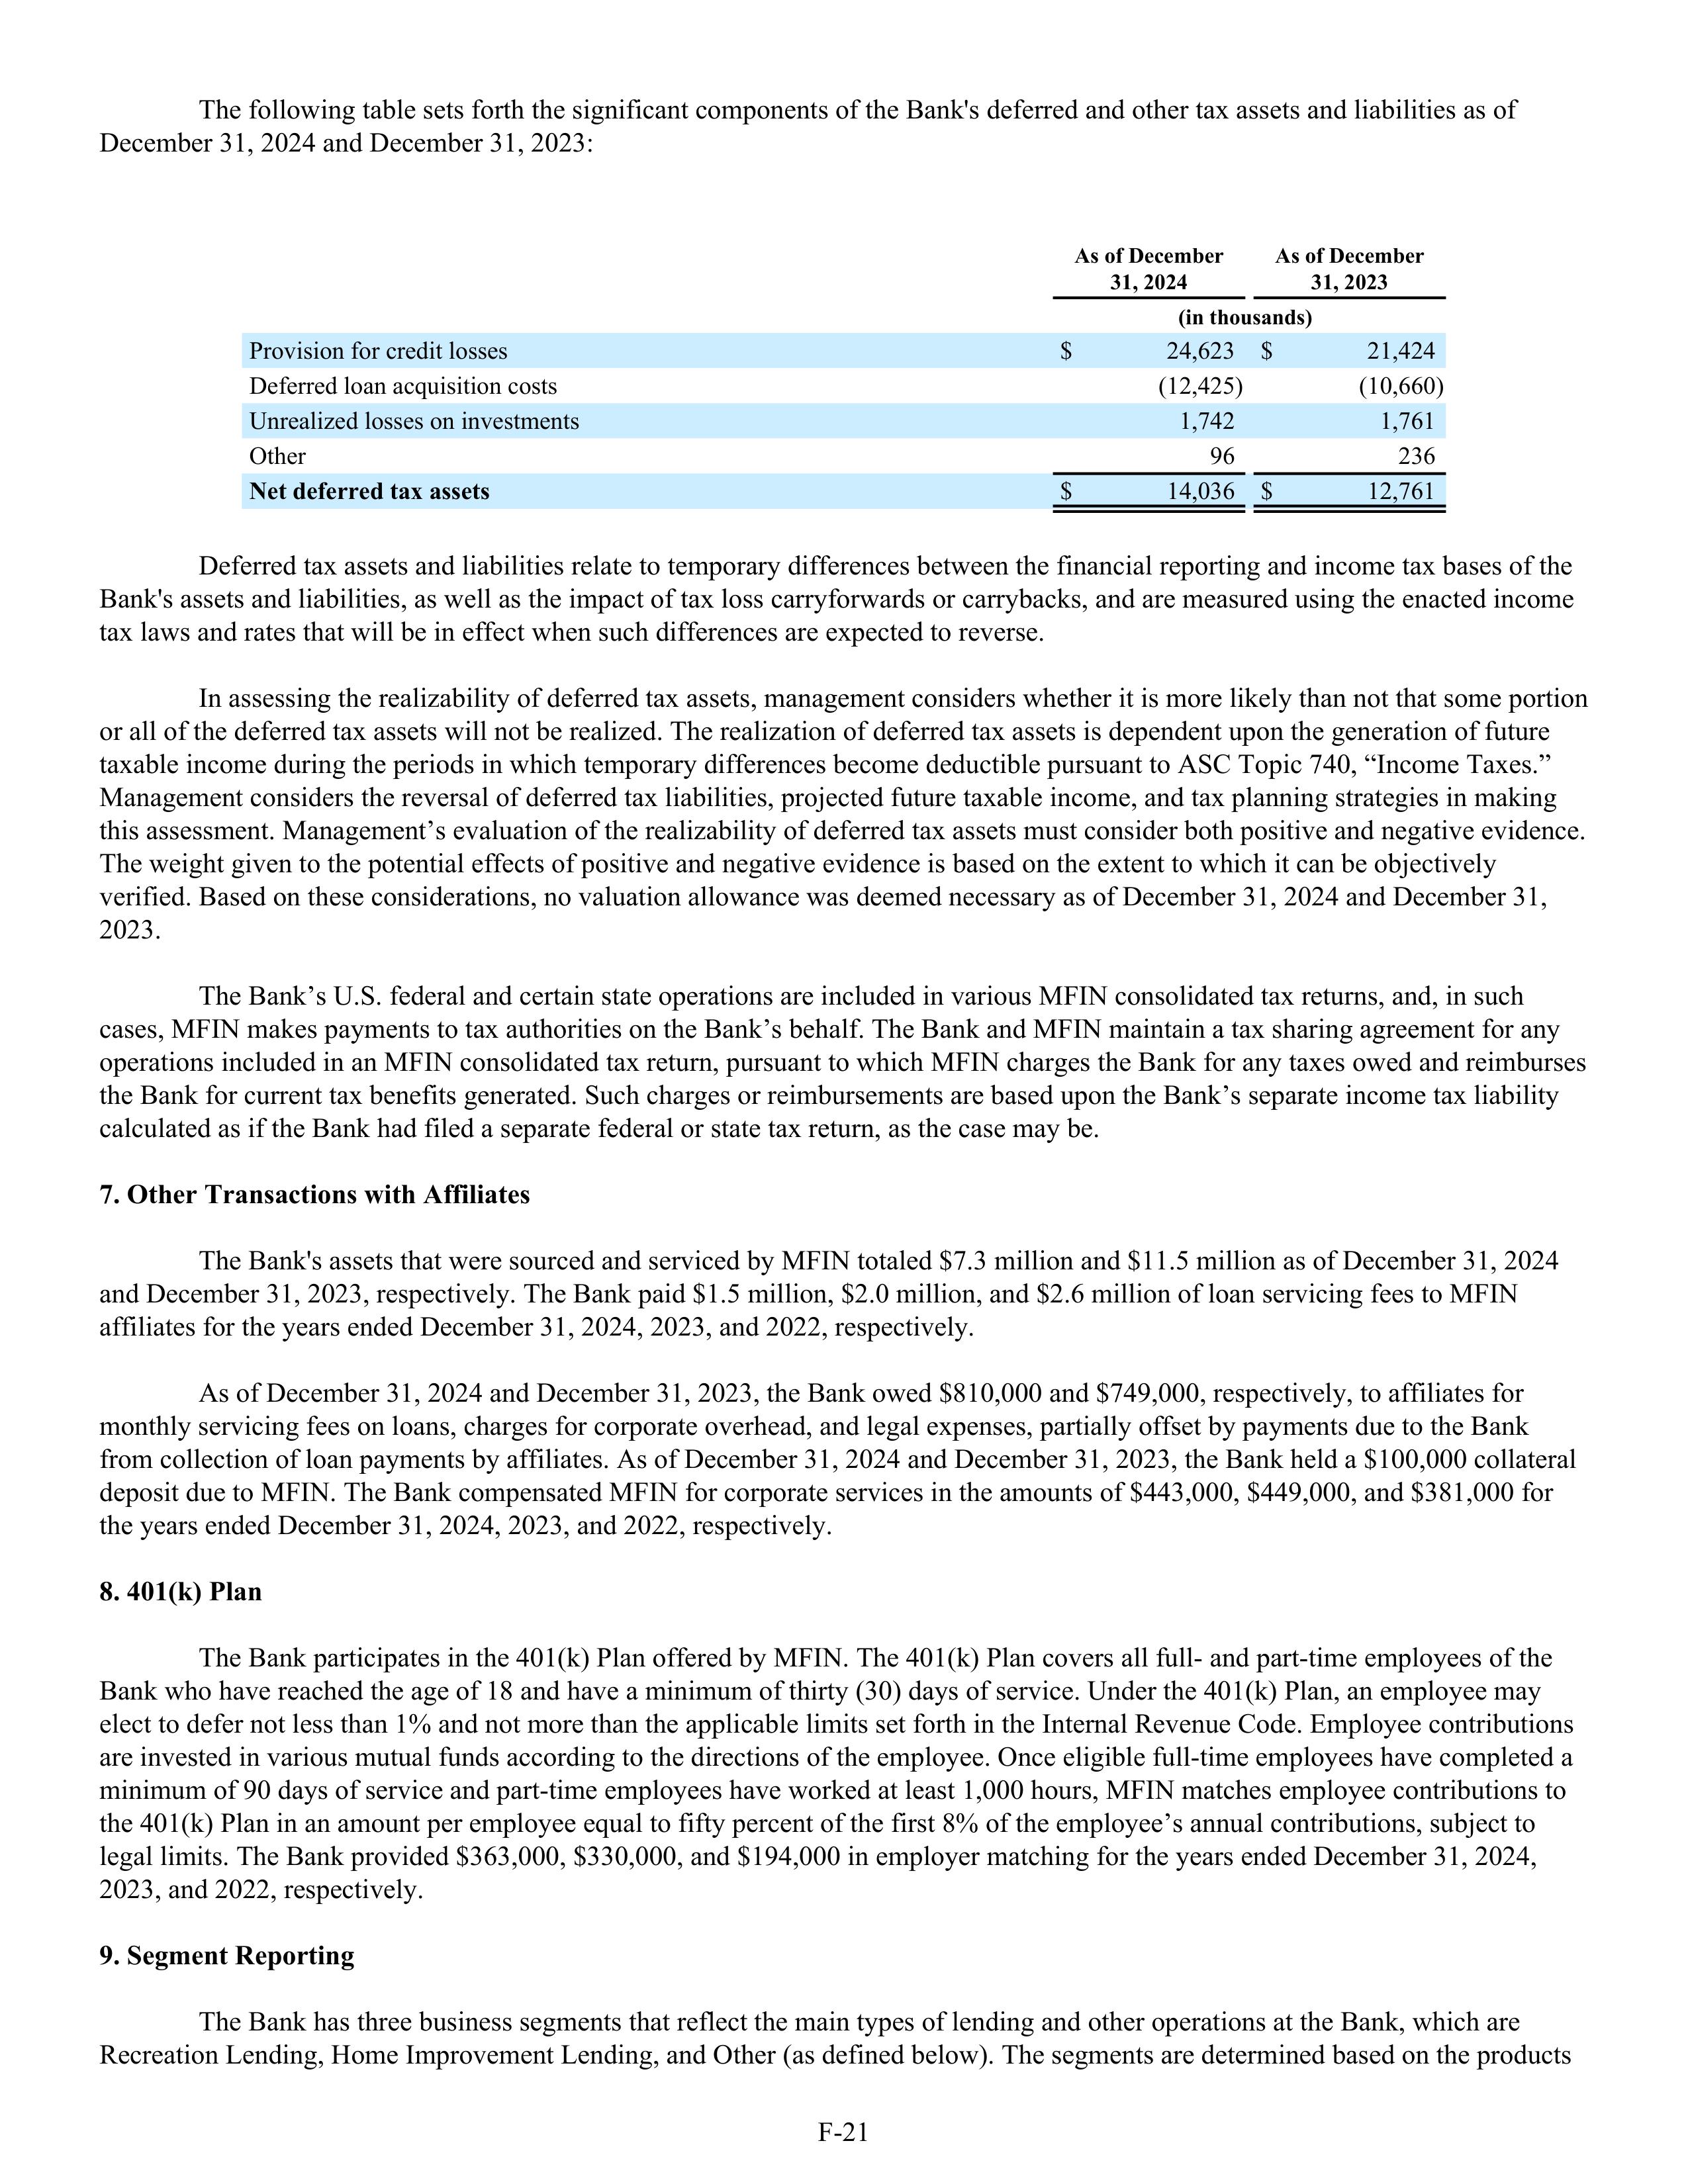
The following table sets forth the significant components of the Bank’s deferred and other tax assets and liabilities as of
December 31, 2024 and December 31, 2023:

                                                                    As of December         As of December
                                                                       31, 2024              31, 2023
                                                                       (in thousands)

Provision for credit losses                                      $      24,623      $      21,424
Deferred loan acquisition costs                                         (12,425)           (10,660)
Unrealized losses on investments                                1,742              1,761
Other                                                                         96                236
Net deferred tax assets                                          $      14,036      $      12,761

Deferred tax assets and liabilities relate to temporary differences between the financial reporting and income tax bases of the
Bank’s assets and liabilities, as well as the impact of tax loss carryforwards or carrybacks, and are measured using the enacted income
tax laws and rates that will be in effect when such differences are expected to reverse.

In assessing the realizability of deferred tax assets, management considers whether it is more likely than not that some portion
or all of the deferred tax assets will not be realized. The realization of deferred tax assets is dependent upon the generation of future
taxable income during the periods in which temporary differences become deductible pursuant to ASC Topic 740, “Income Taxes.”
Management considers the reversal of deferred tax liabilities, projected future taxable income, and tax planning strategies in making
this assessment. Management’s evaluation of the realizability of deferred tax assets must consider both positive and negative evidence.
The weight given to the potential effects of positive and negative evidence is based on the extent to which it can be objectively
verified. Based on these considerations, no valuation allowance was deemed necessary as of December 31, 2024 and December 31,
2023.

The Bank’s U.S. federal and certain state operations are included in various MFIN consolidated tax returns, and, in such
cases, MFIN makes payments to tax authorities on the Bank’s behalf. The Bank and MFIN maintain a tax sharing agreement for any
operations included in an MFIN consolidated tax return, pursuant to which MFIN charges the Bank for any taxes owed and reimburses
the Bank for current tax benefits generated. Such charges or reimbursements are based upon the Bank’s separate income tax liability
calculated as if the Bank had filed a separate federal or state tax return, as the case may be.

7. Other Transactions with Affiliates

The Bank’s assets that were sourced and serviced by MFIN totaled $7.3 million and $11.5 million as of December 31, 2024
and December 31, 2023, respectively. The Bank paid $1.5 million, $2.0 million, and $2.6 million of loan servicing fees to MFIN
affiliates for the years ended December 31, 2024, 2023, and 2022, respectively.

As of December 31, 2024 and December 31, 2023, the Bank owed $810,000 and $749,000, respectively, to affiliates for
monthly servicing fees on loans, charges for corporate overhead, and legal expenses, partially offset by payments due to the Bank
from collection of loan payments by affiliates. As of December 31, 2024 and December 31, 2023, the Bank held a $100,000 collateral
deposit due to MFIN. The Bank compensated MFIN for corporate services in the amounts of $443,000, $449,000, and $381,000 for
the years ended December 31, 2024, 2023, and 2022, respectively.

8. 401(k) Plan

The Bank participates in the 401(k) Plan offered by MFIN. The 401(k) Plan covers all full- and part-time employees of the
Bank who have reached the age of 18 and have a minimum of thirty (30) days of service. Under the 401(k) Plan, an employee may
elect to defer not less than 1% and not more than the applicable limits set forth in the Internal Revenue Code. Employee contributions
are invested in various mutual funds according to the directions of the employee. Once eligible full-time employees have completed a
minimum of 90 days of service and part-time employees have worked at least 1,000 hours, MFIN matches employee contributions to
the 401(k) Plan in an amount per employee equal to fifty percent of the first 8% of the employee’s annual contributions, subject to
legal limits. The Bank provided $363,000, $330,000, and $194,000 in employer matching for the years ended December 31, 2024,
2023, and 2022, respectively.

9. Segment Reporting

The Bank has three business segments that reflect the main types of lending and other operations at the Bank, which are
Recreation Lending, Home Improvement Lending, and Other (as defined below). The segments are determined based on the products

F-21